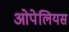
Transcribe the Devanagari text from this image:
ओपेलियस